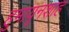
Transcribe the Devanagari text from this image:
हुमायूनशाह